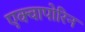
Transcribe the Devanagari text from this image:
एक्वापोरिन